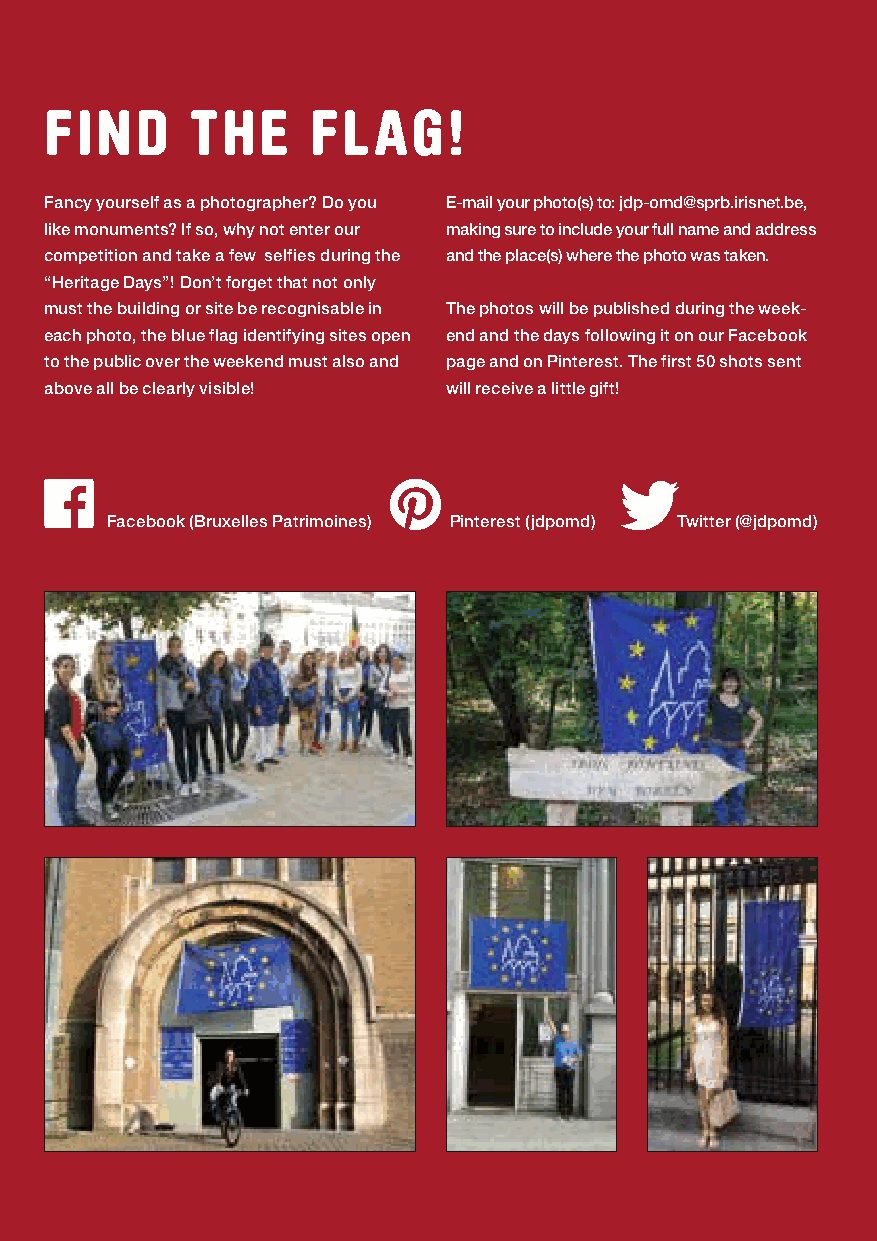
BRUSSELS-HAREN I BRUSSELS-LAEKEN/LAKEN I EVERE I SCHAERBEEK/SCHAARBEEK I SAINT-JOSSE-TEN-NOODE/SINT-JOOST-TEN-NODE ⁄ 79
 FIND      THE     FLAG!
 Fancy yourself as a photographer? Do you E-mail your photo(s) to: jdp-omd@sprb.irisnet.be,
 like monuments? If so, why not enter our making sure to include your full name and address
 competition and take a few selfies during the and the place(s) where the photo was taken.
 “Heritage Days”! Don’t forget that not only
 must the building or site be recognisable in The photos will be published during the week-
 each photo, the blue flag identifying sites open end and the days following it on our Facebook
 to the public over the weekend must also and page and on Pinterest. The first 50 shots sent
 above all be clearly visible! will receive a little gift!
 Facebook (Bruxelles Patrimoines) Pinterest (jdpomd) Twitter (@jdpomd)